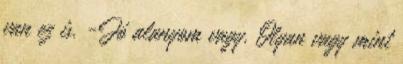
van ez is. -Jó alanyom vagy. Olyan vagy mint